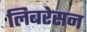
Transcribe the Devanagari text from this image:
लिबरेसन